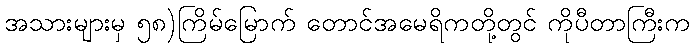
အသားများမှ ၅၈)ကြိမ်မြောက် တောင်အမေရိကတို့တွင် ကိုပီတာကြီးက